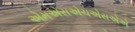
એમએસએચએસએએ